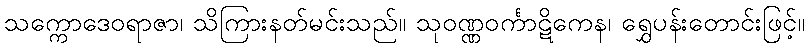
သက္ကောဒေဝရာဇာ၊ သိကြားနတ်မင်းသည်။ သုဝဏ္ဏဝင်္ကာဋိကေန၊ ရွှေပန်းတောင်းဖြင့်။